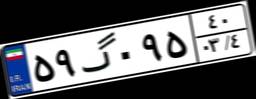
۵۹گ۰۹۵۴۰